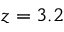
z = 3 . 2